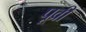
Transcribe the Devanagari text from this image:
पूव्री